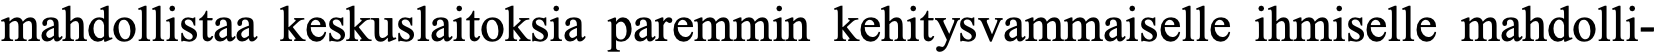
mahdollistaa keskuslaitoksia paremmin kehitysvammaiselle ihmiselle mahdolli-